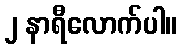
၂ နာရီလောက်ပါ။